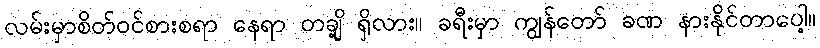
လမ်းမှာစိတ်ဝင်စားစရာ နေရာ တချို့ ရှိလား။ ခရီးမှာ ကျွန်တော် ခဏ နားနိုင်တာပေါ့။